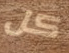
كل